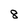
Character: 8